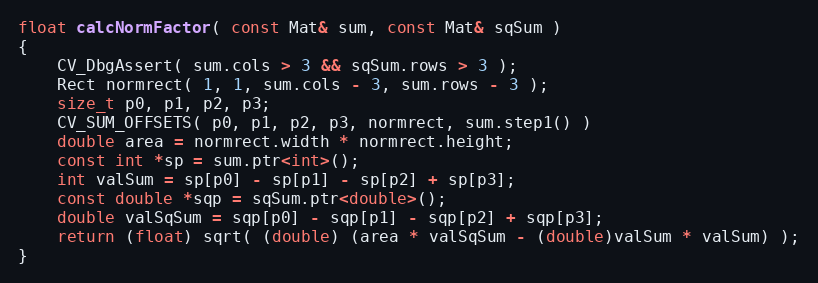
Language: C++
float calcNormFactor( const Mat& sum, const Mat& sqSum )
{
    CV_DbgAssert( sum.cols > 3 && sqSum.rows > 3 );
    Rect normrect( 1, 1, sum.cols - 3, sum.rows - 3 );
    size_t p0, p1, p2, p3;
    CV_SUM_OFFSETS( p0, p1, p2, p3, normrect, sum.step1() )
    double area = normrect.width * normrect.height;
    const int *sp = sum.ptr<int>();
    int valSum = sp[p0] - sp[p1] - sp[p2] + sp[p3];
    const double *sqp = sqSum.ptr<double>();
    double valSqSum = sqp[p0] - sqp[p1] - sqp[p2] + sqp[p3];
    return (float) sqrt( (double) (area * valSqSum - (double)valSum * valSum) );
}